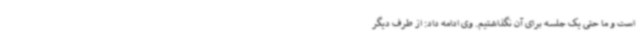
است و ما حتی یک جلسه برای آن نگذاشتیم. وی ادامه داد: از طرف دیگر